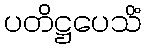
ပတိဋ္ဌပေသိံ